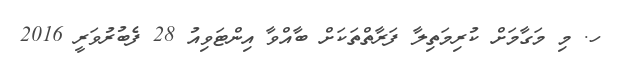
ހ. މި މަގާމަށް ކުރިމަތިލާ ފަރާތްތަކަށް ބާއްވާ އިންޓަވިއު 28 ފެބުރުވަރީ 2016